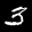
Label: 3